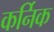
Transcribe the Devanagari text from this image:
कर्निक